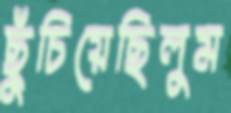
ছুঁচিয়েছিলুম